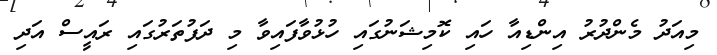
މިއަދު މެންދުރު އިންޑިއާ ހައި ކޮމިޝަނުގައި ހުޅުވާފައިވާ މި ދަފުތަރުގައި ރައީސް އަދި